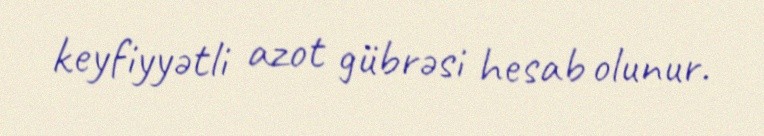
keyfiyyətli azot gübrəsi hesab olunur.